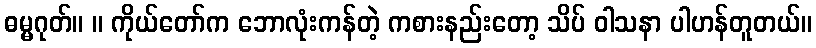
ဓမ္မဂုတ်။ ။ ကိုယ်တော်က ဘောလုံးကန်တဲ့ ကစားနည်းတော့ သိပ် ဝါသနာ ပါဟန်တူတယ်။